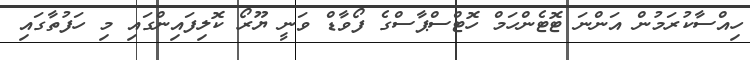
ހިއްސާކުރަމުން އަންނަ ޓޮޓެެންހަމް ހޮޓްސްޕާސްގެ ފޯވާޑް ވަނީ ޔޫރޯ ކޮލިފައިންގައި މި ހަފުތާގައި